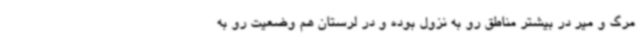
مرگ و میر در بیشتر مناطق رو به نزول بوده و در لرستان هم وضعیت رو به